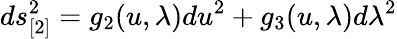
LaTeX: ds_{[2]}^{2}=g_{2}(u,\lambda)du^{2}+g_{3}(u,\lambda)d\lambda^{2}